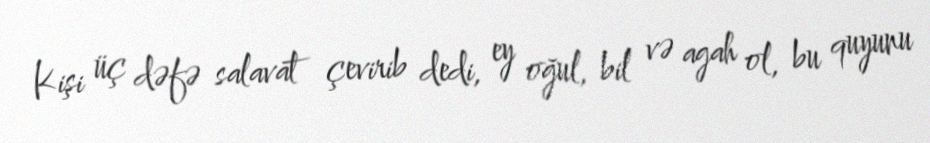
Kişi üç dəfə salavat çevirib dedi, ey oğul, bil və agah ol, bu quyunu